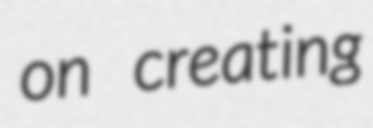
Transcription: on creating